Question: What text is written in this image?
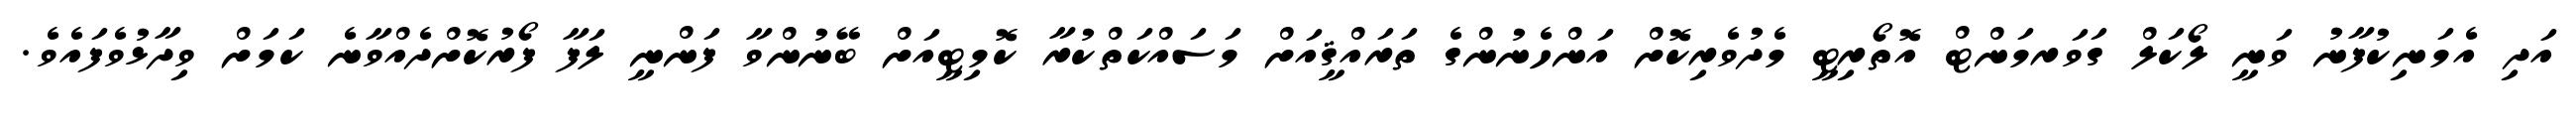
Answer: އަދި އެމަނިކުފާނު ވަނީ ލޯކަލް ގަވަރމަންޓް އޮތޯރިޓީ މެދުވެރިކޮށް އަންހެނުންގެ ތަރައްޤީއަށް މަސައްކަތްކުރާ ކޮމިޓީއަށް ބޭނުންވާ ފަންނީ ލަފާ ފޯރުކޮށްދެއްވާނެ ކަމަށް ވިދާޅުވެފައެވެ.